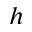
h